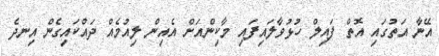
އޭނާ އަތުގައި އޮތް ފައިލް ހުޅުވާލައިފައި މާކިންއަށް އެއިން ލިއުމެއް ދައްކައިގެން އިނދެ